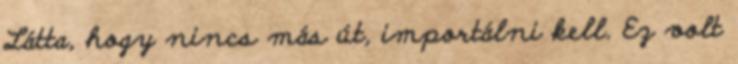
Látta, hogy nincs más út, importálni kell. Ez volt